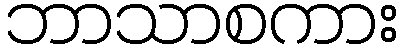
ဘာသာစကား